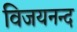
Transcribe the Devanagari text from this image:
विजयनन्द